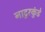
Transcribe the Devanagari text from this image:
नाटुरकुंडे